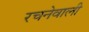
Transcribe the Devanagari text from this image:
रचनेवाली